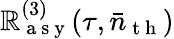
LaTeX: \mathbb{R}_{\mathrm{{~a~s~y~}}}^{(3)}(\tau,\bar{{n}}_{\mathrm{{~t~h~}}})